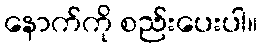
နောက်ကို စည်းပေးပါ။